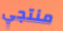
منتجي